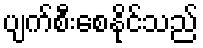
ပျက်စီးစေနိုင်သည်